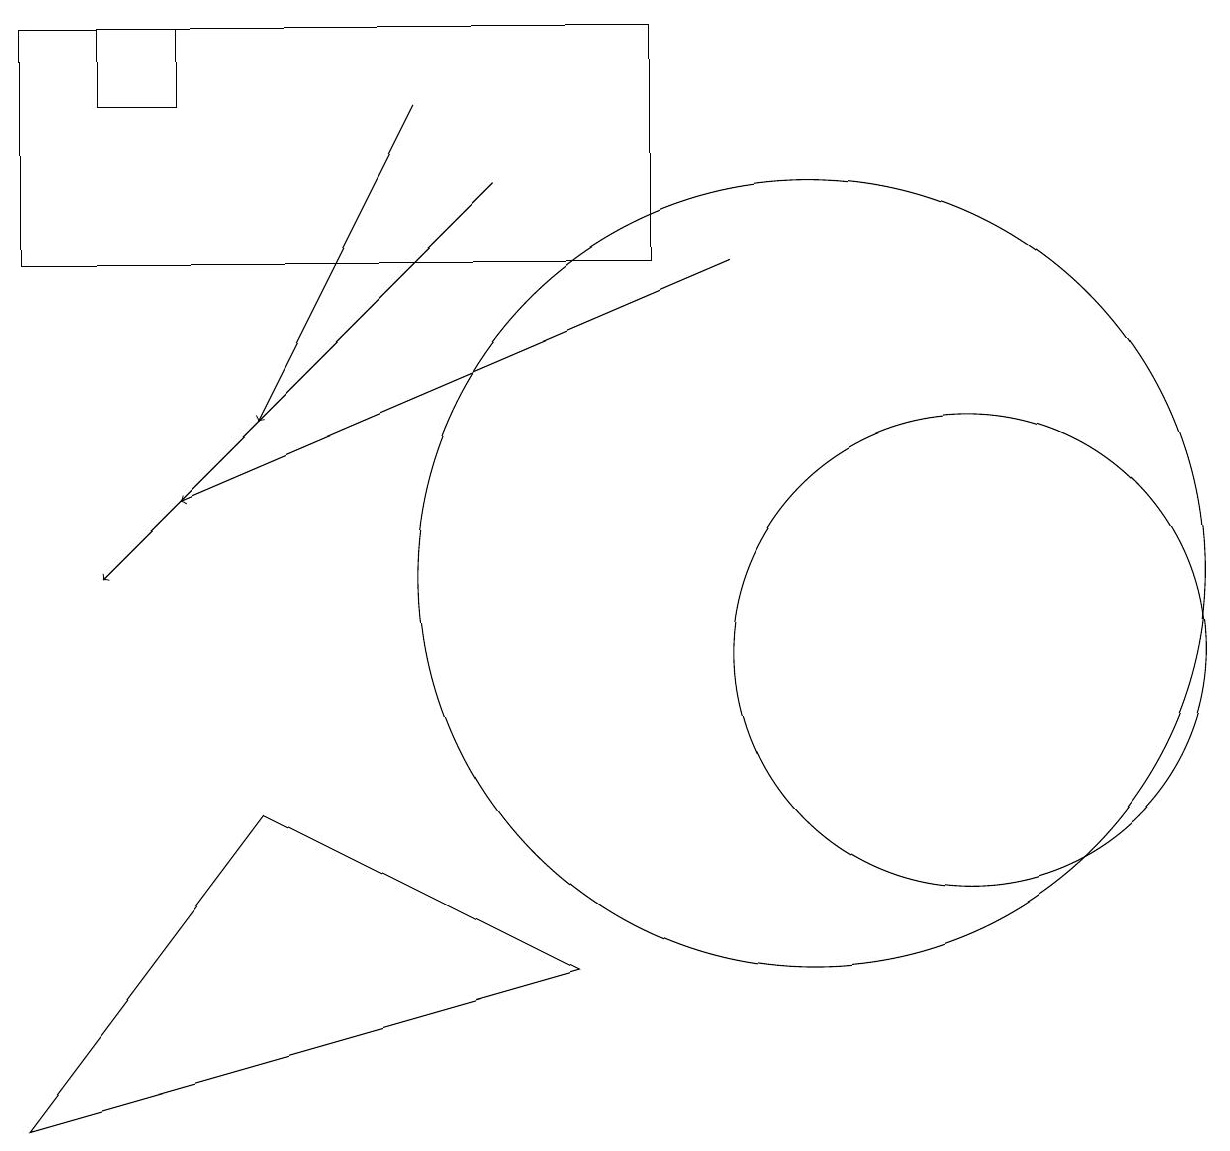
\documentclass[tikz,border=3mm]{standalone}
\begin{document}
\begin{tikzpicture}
\draw (12,11) circle (3);
\draw[->] (6,17) -- (1,12);
\draw (2,19) rectangle (1,18);
\draw[->] (9,16) -- (2,13);
\draw (0,19) rectangle (8,16);
\draw[->] (5,18) -- (3,14);
\draw (10,12) circle (5);
\draw (7,7) -- (3,9) -- (0,5) -- cycle;
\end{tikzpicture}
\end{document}